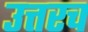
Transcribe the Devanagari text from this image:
उत्तरच